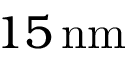
1 5 \, \mathrm { n m }